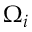
\Omega _ { i }